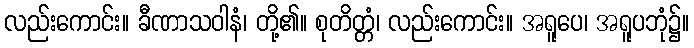
လည်းကောင်း။ ခီဏာသဝါနံ၊ တို့၏။ စုတိတ္တံ၊ လည်းကောင်း။ အရူပေ၊ အရူပဘုံ၌။